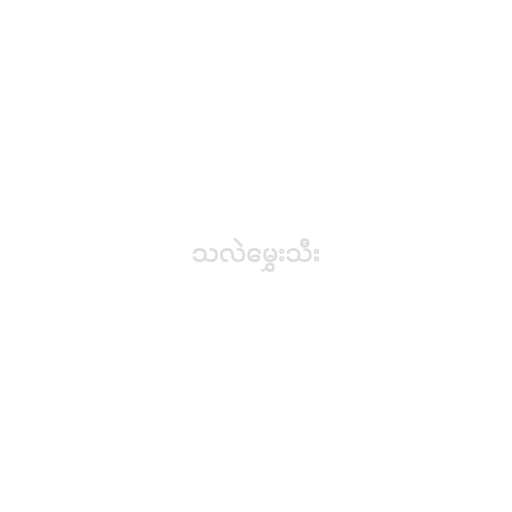
သလဲမွှေးသီး